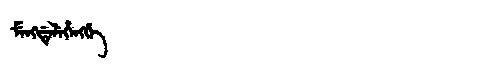
Manchu: ᠮᡝᠩᡩᡝᠯᡝᡥᡝᠩᡤᡝ
Romanization: MENGDELEHENGGE